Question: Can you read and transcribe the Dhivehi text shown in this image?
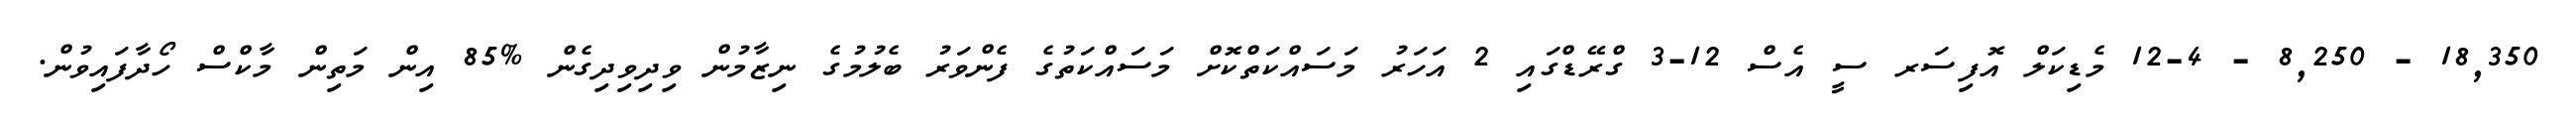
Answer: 18,350 - 8,250 - 12-4 މެޑިކަލް އޮފިސަރ ސީ އެސް 12-3 ގްރޭޑްގައި 2 އަހަރު މަސައްކަތްކޮށް މަސައްކަތުގެ ފެންވަރު ބެލުމުގެ ނިޒާމުން ވިދިވިދިގެން %85 އިން މަތިން މާކްސް ހޯދާފައިވުން.